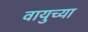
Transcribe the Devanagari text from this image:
वायुच्या